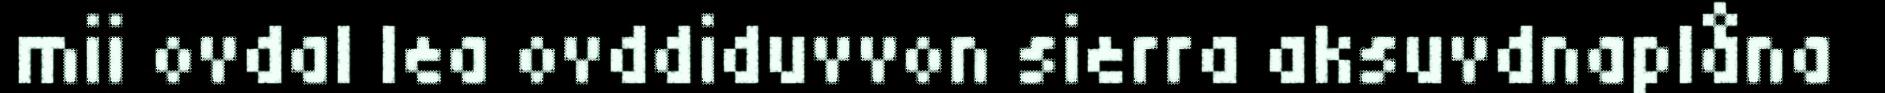
mii ovdal lea ovddiduvvon sierra aksuvdnaplåna